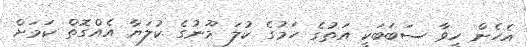
އެހެން ހީވާ ސަބަބަކީ އަތުގެ ހަމުގެ ކުލަ މޫނުގެ ކުލަޔާ އެއްގޮތް ކަމަށް